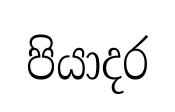
පියාදර